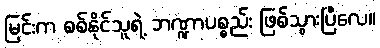
မြင်းက စစ်နိုင်သူရဲ့ ဘဏ္ဍာပစ္စည်း ဖြစ်သွားပြီလေ။